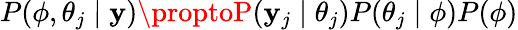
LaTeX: P(\phi,\theta_{j}\mid\mathbf{y})\proptoP(\mathbf{y}_{j}\mid\theta_{j})P(\theta_{j}\mid\phi)P(\phi)